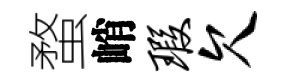
蝥峭瑕欠